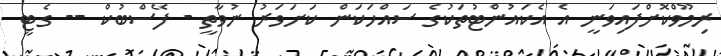
ރިމޫވްކޮށްފައިވަނީ އެ އެކައުންޓުތަކުގެ ސައްހަކަން ކަށަވަރު ނުވާތީ - ފޭސްބުކް -- ގެޓީ